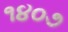
૧૪૦૭